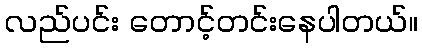
လည်ပင်း တောင့်တင်းနေပါတယ်။